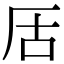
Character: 㕆